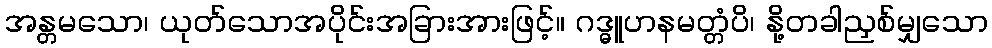
အန္တမသော၊ ယုတ်သောအပိုင်းအခြားအားဖြင့်။ ဂဒ္ဓူဟနမတ္တံပိ၊ နို့တခါညှစ်မျှသော